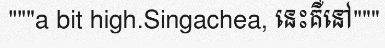
"""a bit high.Singachea, នេះគឺនៅ"""